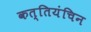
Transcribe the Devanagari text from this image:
कत्तियंचिन